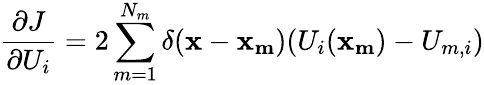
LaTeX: \frac{\partial J}{\partial U_{i}}=2\sum_{m=1}^{N_{m}}\delta(\mathbf{x}-\mathbf{x_{m}})(U_{i}(\mathbf{x_{m}})-U_{m,i})